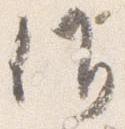
候